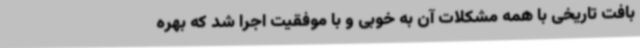
بافت تاریخی با همه مشکلات آن به خوبی و با موفقیت اجرا شد که بهره‌